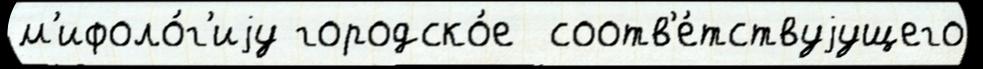
м'ифоло́г'иjу городско́е  соотв'е́тствуjущего